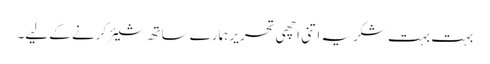
بہت بہت شکریہ اتنی اچھی تحریر ہمارے ساتھ شیئر کرنے کے لیے۔